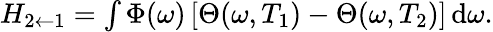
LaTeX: \begin{array}{r}{H_{2\leftarrow 1}=\int\Phi(\omega)\left[\Theta(\omega,T_{1})-\Theta(\omega,T_{2})\right]\, \mathrm{d}\omega.}\end{array}